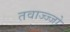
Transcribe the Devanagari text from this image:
तवाज्ज्जो